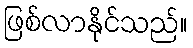
ဖြစ်လာနိုင်သည်။